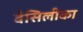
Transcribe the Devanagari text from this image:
बैसिलीका